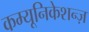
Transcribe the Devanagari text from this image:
कम्यूनिकेशन्ज़